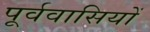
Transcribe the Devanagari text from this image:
पूर्ववासियों